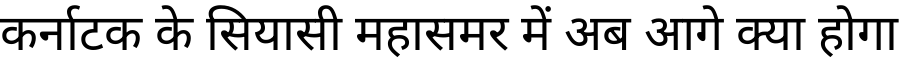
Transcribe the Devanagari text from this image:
कर्नाटक के सियासी महासमर में अब आगे क्या होगा